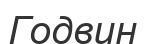
Годвин